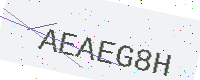
Text: AEAEG8H